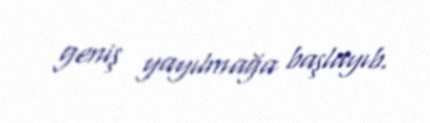
geniş yayılmağa başlayıb.